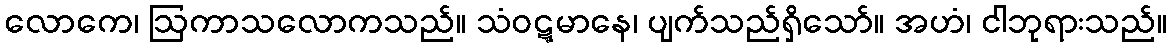
လောကေ၊ ဩကာသလောကသည်။ သံဝဋ္ဋမာနေ၊ ပျက်သည်ရှိသော်။ အဟံ၊ ငါဘုရားသည်။